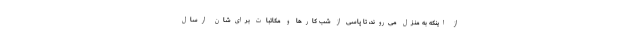
از اینکه به منزل می‌روند، تا پاسی از شب کارها و مکاتبات برای‌شان ارسال